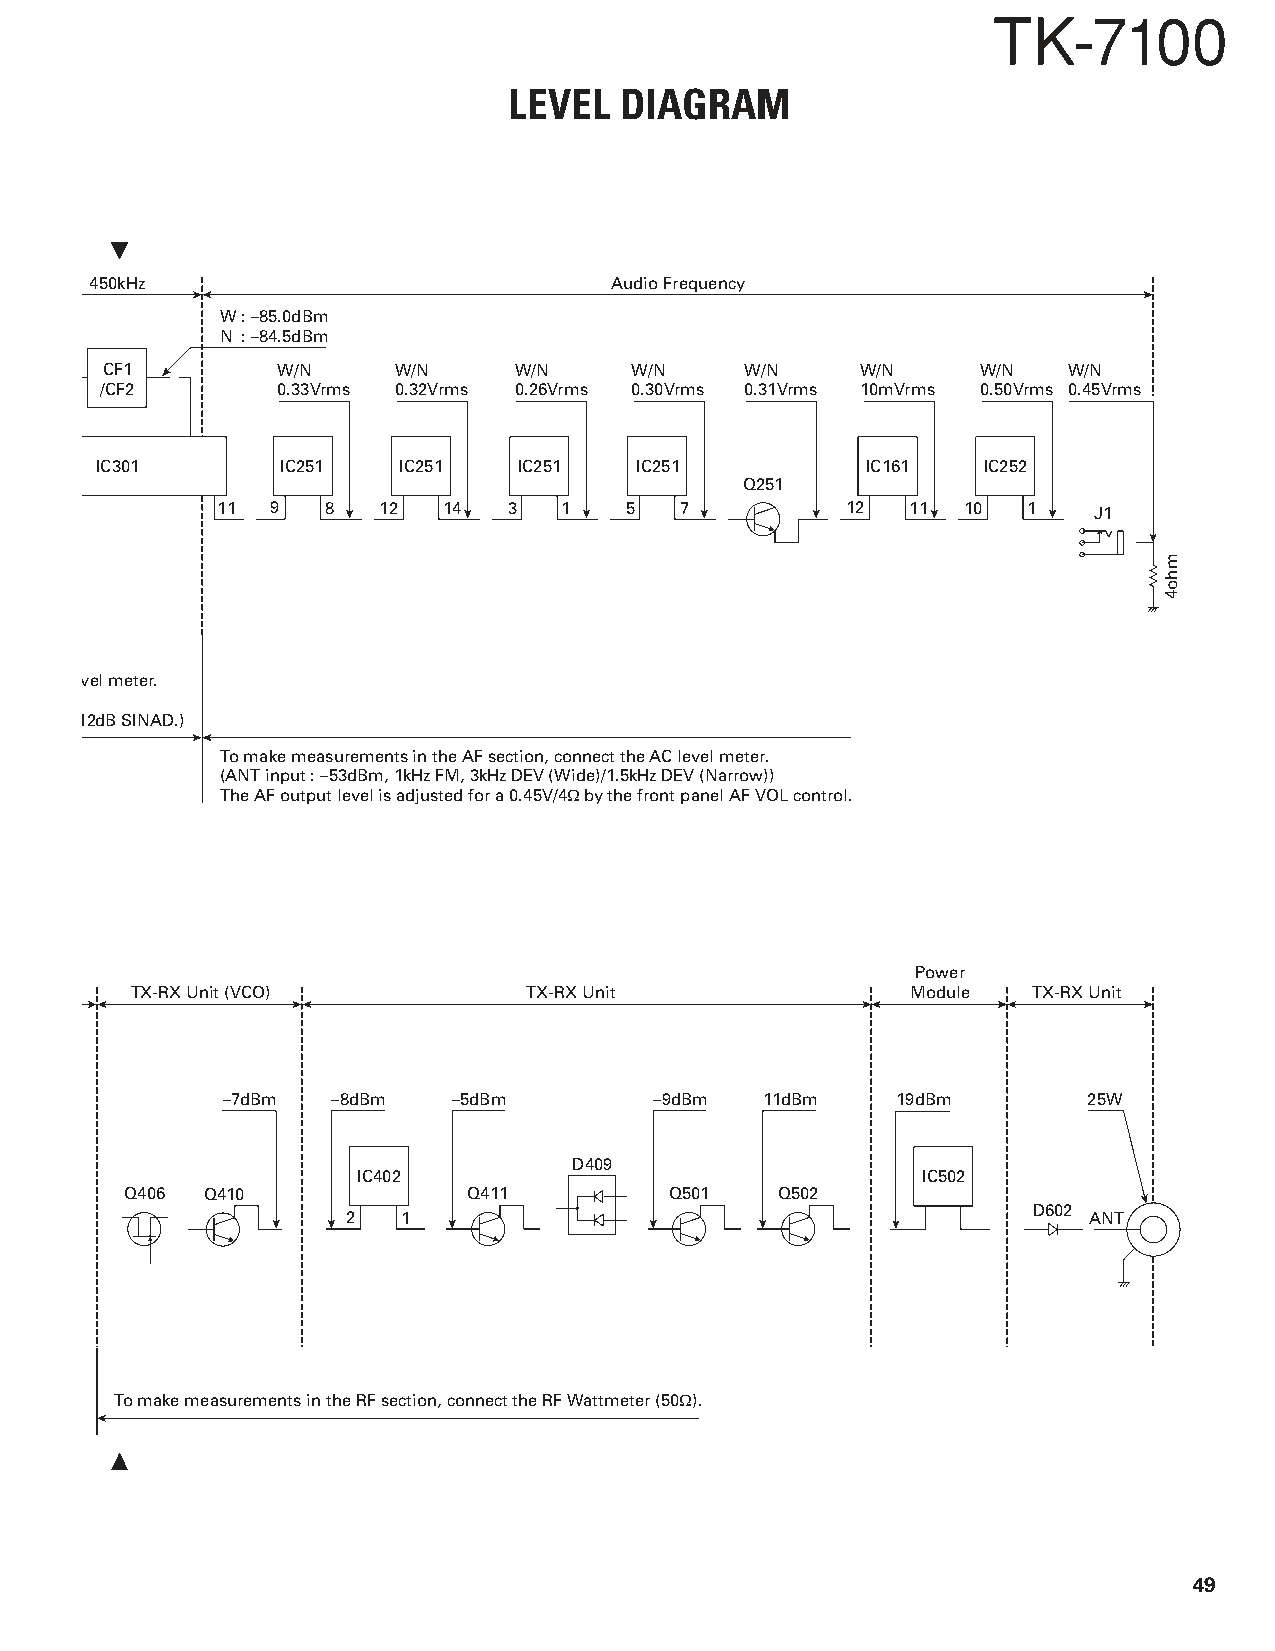
TK-7100
 LEVEL  DIAGRAM
 450kHz                            Audio Frequency
 W: –85.0dBm
 N : –84.5dBm
 CF1        W/N     W/N     W/N     W/N    W/N     W/N     W/N   W/N
 /CF2       0.33Vrms 0.32Vrms 0.26Vrms 0.30Vrms 0.31Vrms 10mVrms 0.50Vrms 0.45Vrms
 IC301        IC251  IC251   IC251   IC251          IC161   IC252
 Q251
 11  9   8  12  14   3  1   5   7          12  11  10  1   J1
 vel meter.
 12dB SINAD.)
 To make measurements in the AF section, connect the AC level meter.
 (ANT input : –53dBm, 1kHz FM, 3kHz DEV (Wide)/1.5kHz DEV (Narrow))
 The AF output level is adjusted for a 0.45V/4Ω by the front panel AF VOL control.
 Power
 TX-RX Unit (VCO)          TX-RX Unit               Module  TX-RX Unit
 –7dBm  –8dBm   –5dBm        –9dBm  11dBm    19dBm        25W
 D409
 IC402                                IC502
 Q406 Q410              Q411         Q501   Q502
 D602
 2   1                                            ANT
 To make measurements in the RF section, connect the RF Wattmeter (50Ω).
 49
 mho4